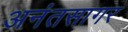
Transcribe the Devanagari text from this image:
अनंतसागर